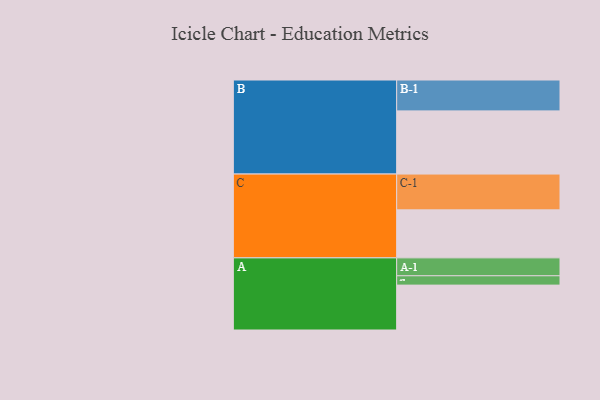
{"axis": {"x": "Segment", "y": "Value"}, "legend": ["", "A", "B", "C"], "data": [{"x": "A", "y": 346, "type": ""}, {"x": "B", "y": 487, "type": ""}, {"x": "C", "y": 370, "type": ""}, {"x": "A-1", "y": 138, "type": "A"}, {"x": "A-2", "y": 72, "type": "A"}, {"x": "B-1", "y": 238, "type": "B"}, {"x": "C-1", "y": 276, "type": "C"}]}